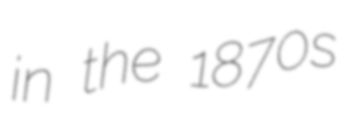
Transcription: in the 1870s